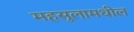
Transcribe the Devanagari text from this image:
महसूलामधील